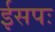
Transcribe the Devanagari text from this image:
ईसपः